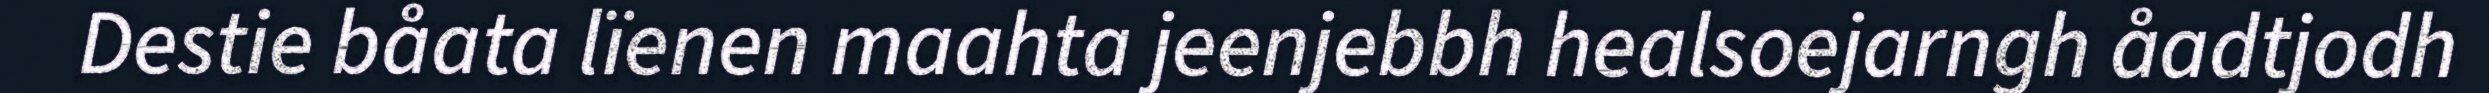
Destie båata lïenen maahta jeenjebbh healsoejarngh åadtjodh